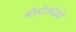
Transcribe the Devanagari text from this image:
मोहोजदेवढे